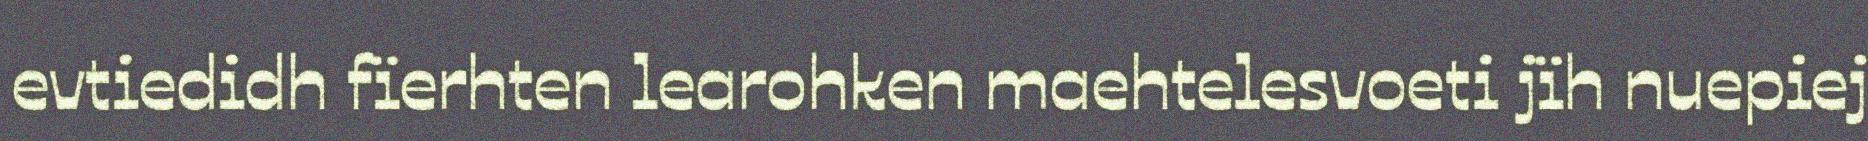
evtiedidh fïerhten learohken maehtelesvoeti jïh nuepiej